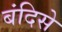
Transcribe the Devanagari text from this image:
बंदिसे